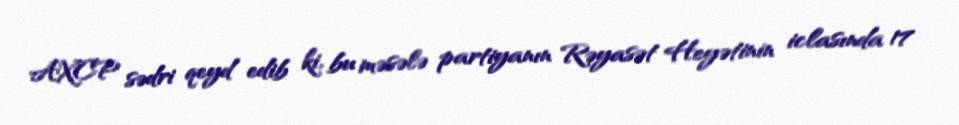
AXCP sədri qeyd edib ki, bu məsələ partiyanın Rəyasət Heyətinin iclasında 17